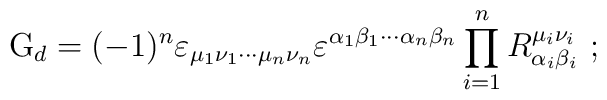
{\rm G}_{d}=(-1)^{n}\varepsilon _{\mu _{1}\nu _{1}\cdots \mu _{n}\nu_{n}}\varepsilon ^{\alpha _{1}\beta _{1}\cdots \alpha _{n}\beta_{n}}\prod_{i=1}^{n}R_{\alpha _{i}\beta _{i}}^{\mu _{i}\nu _{i}}~;